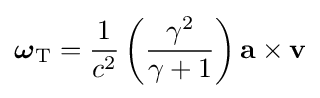
{\boldsymbol {\omega }}_{\text{T}}={\frac {1}{c^{2}}}\left({\frac {\gamma ^{2}}{\gamma +1}}\right)\mathbf {a} \times \mathbf {v}